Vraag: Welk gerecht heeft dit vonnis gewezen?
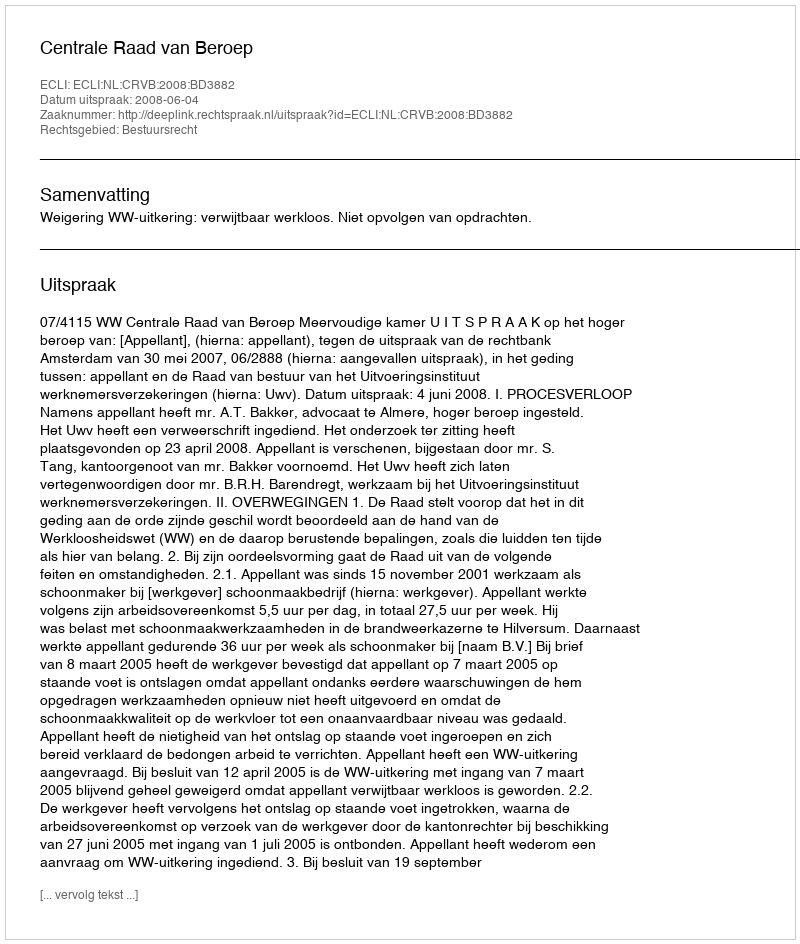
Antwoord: Centrale Raad van Beroep